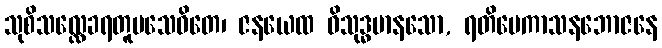
သုစိသလ္လေခရတူပသေဝိတေ၊ ဇနယေထ ဝိသုဒ္ဓမာနသော, ရတိမေကာသနဘောဇနေ